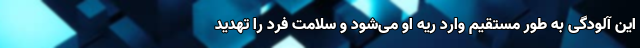
این آلودگی به طور مستقیم وارد ریه او می‌شود و سلامت فرد را تهدید